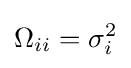
\Omega _{ii}=\sigma _{i}^{2}